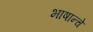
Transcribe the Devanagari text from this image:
भाषान्चे